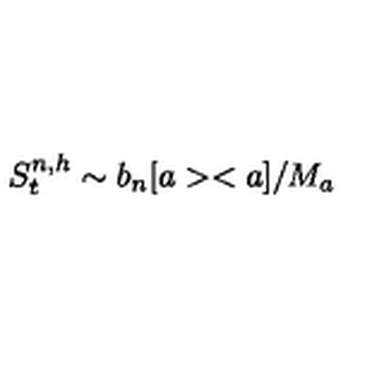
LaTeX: S _ { t } ^ { n , h } \sim b _ { n } [ a > < a ] / M _ { a }